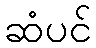
ဆံပင်